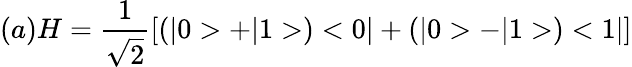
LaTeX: (a)H=\frac{1}{\sqrt{2}}[(|0>+|1>)<0|+(|0>-|1>)<1|]